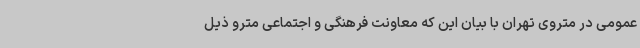
عمومی در متروی تهران با بیان این که معاونت فرهنگی و اجتماعی مترو ذیل